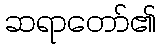
ဆရာတော်၏